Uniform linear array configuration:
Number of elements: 4
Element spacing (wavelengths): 0.5
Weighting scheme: exponential
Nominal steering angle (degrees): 15
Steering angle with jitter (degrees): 15.857
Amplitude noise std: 0.05
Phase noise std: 0.05

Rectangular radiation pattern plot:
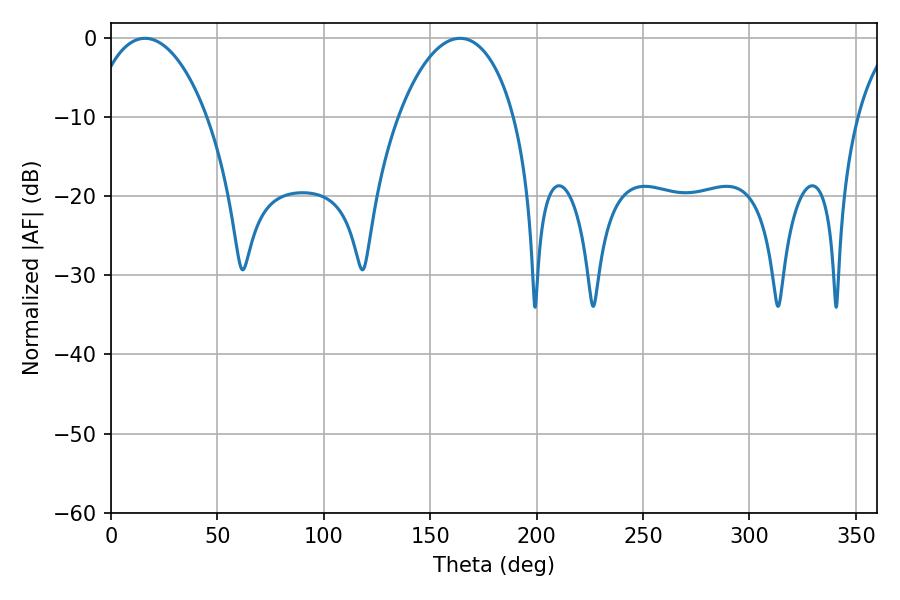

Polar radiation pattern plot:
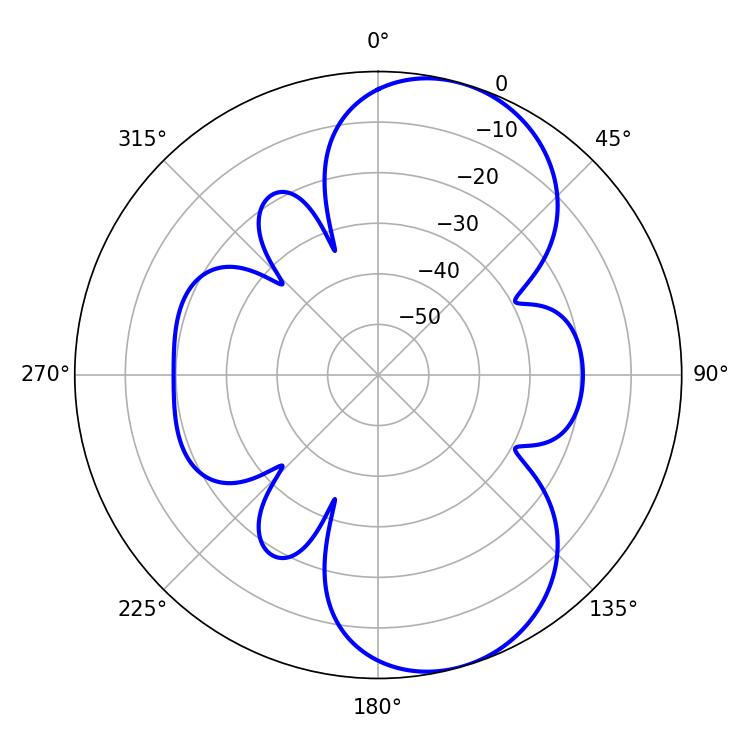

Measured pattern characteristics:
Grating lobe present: FALSE
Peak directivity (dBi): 8.014
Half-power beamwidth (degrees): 30.78
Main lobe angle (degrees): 16.02